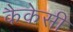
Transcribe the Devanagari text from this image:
कैकेसी